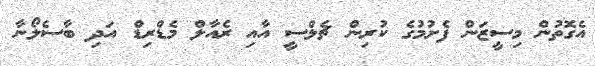
އެގޮތުން މިސީޒަން ފެށުމުގެ ކުރިން ޗެލްސީ އާއި ރެއާލް މެޑްރިޑް އަދި ބާސެލޯނާ